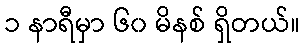
၁ နာရီမှာ ၆၀ မိနစ် ရှိတယ်။